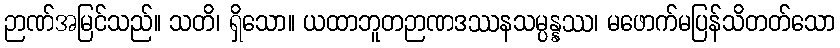
ဉာဏ်အမြင်သည်။ သတိ၊ ရှိသော။ ယထာဘူတဉာဏဒဿနသမ္ပန္နဿ၊ မဖောက်မပြန်သိတတ်သော